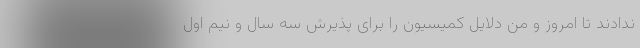
ندادند تا امروز و من دلایل کمیسیون را برای پذیرش سه سال و نیم اول